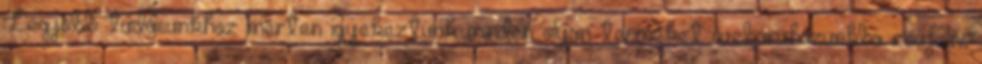
Legjobb tudásunkhoz mérten igyekeztünk minden olyan terméket webáruházunkba zsúfolni,